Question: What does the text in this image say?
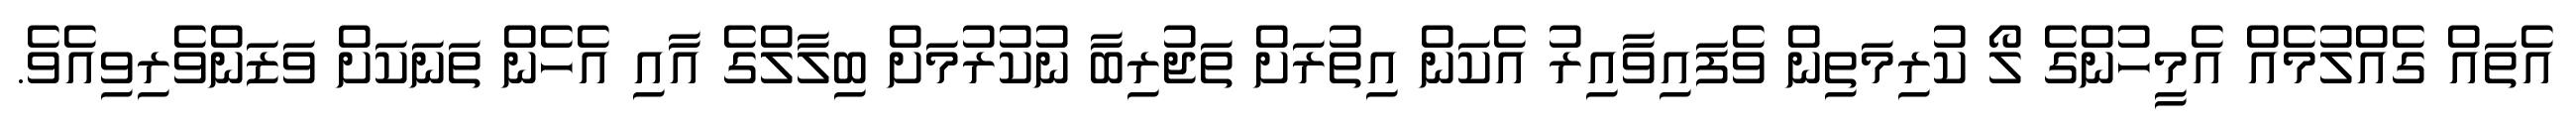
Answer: އެތައް ގެއްލުމެއް އެމީހުންގެ ލޯ ކުރިމަތިން ވެފައިވާއިރު އެކަން އިތުރަށް ތަޖުރިބާ ނުކުރުމަށް ބިލާލްގެ އާއި އެހެން ތަނަކަށް ވަޒަންވެރިވިއެވެ.